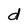
Character: d